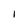
Character: 1